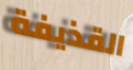
القذيفة